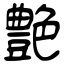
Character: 艶